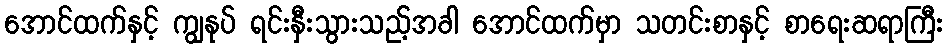
အောင်ထက်နှင့် ကျွနုပ် ရင်းနှီးသွားသည့်အခါ အောင်ထက်မှာ သတင်းစာနှင့် စာရေးဆရာကြီး